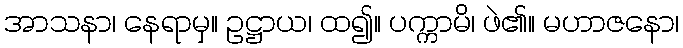
အာသနာ၊ နေရာမှ။ ဥဋ္ဌာယ၊ ထ၍။ ပက္ကာမိ၊ ဖဲ၏။ မဟာဇနော၊